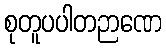
စုတူပပါတဉာဏေ